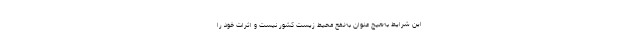
این شرایط به‌هیچ عنوان به‌نفع محیط زیست کشور نیست و اثرات خود را